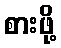
စားဖို့